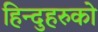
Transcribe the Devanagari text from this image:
हिन्दुहरुको